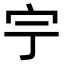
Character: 𡧃